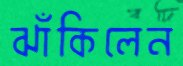
ঝাঁকিলেন